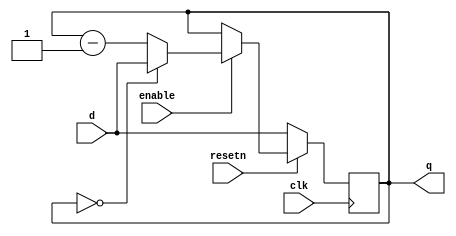
module n_counter
	(clk,
	resetn,
	d,
	enable,
	q
	);

	parameter N = 6;

	input clk;
	input resetn;
	input [N:0] d;
	input enable;
	output reg [N:0] q;

	always @(posedge clk) begin
		if (~resetn)
			q <= d;

		else if (enable) begin
			if (q == 0)
				q <= d;
			else 	
				q <= q - 1;
		end
	end
endmodule